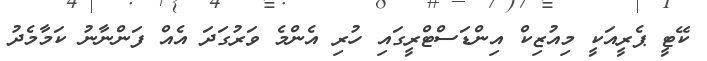
ކޭޓީ ޕެރީއަކީ މިއުޒިކް އިންޑަސްޓްރީގައި ހުރި އެންމެ ވަރުގަދަ އެއް ފަންނާނު ކަމާމެދު